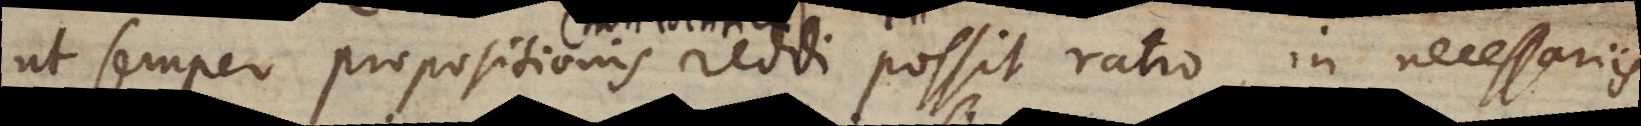
ut semper propositionis reddi possit ratio, in necessariis